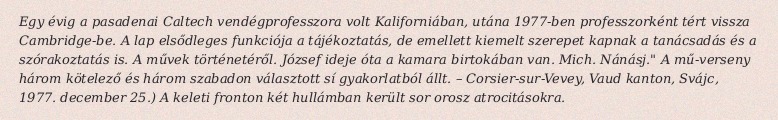
Egy évig a pasadenai Caltech vendégprofesszora volt Kaliforniában, utána 1977-ben professzorként tért vissza Cambridge-be. A lap elsődleges funkciója a tájékoztatás, de emellett kiemelt szerepet kapnak a tanácsadás és a szórakoztatás is. A művek történetéről. József ideje óta a kamara birtokában van. Mich. Nánásj." A mű-verseny három kötelező és három szabadon választott sí gyakorlatból állt. – Corsier-sur-Vevey, Vaud kanton, Svájc, 1977. december 25.) A keleti fronton két hullámban került sor orosz atrocitásokra.